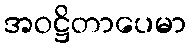
အဝဋ္ဌိတာပေမာ